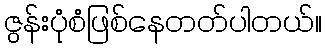
ဇွန်းပုံစံဖြစ်နေတတ်ပါတယ်။